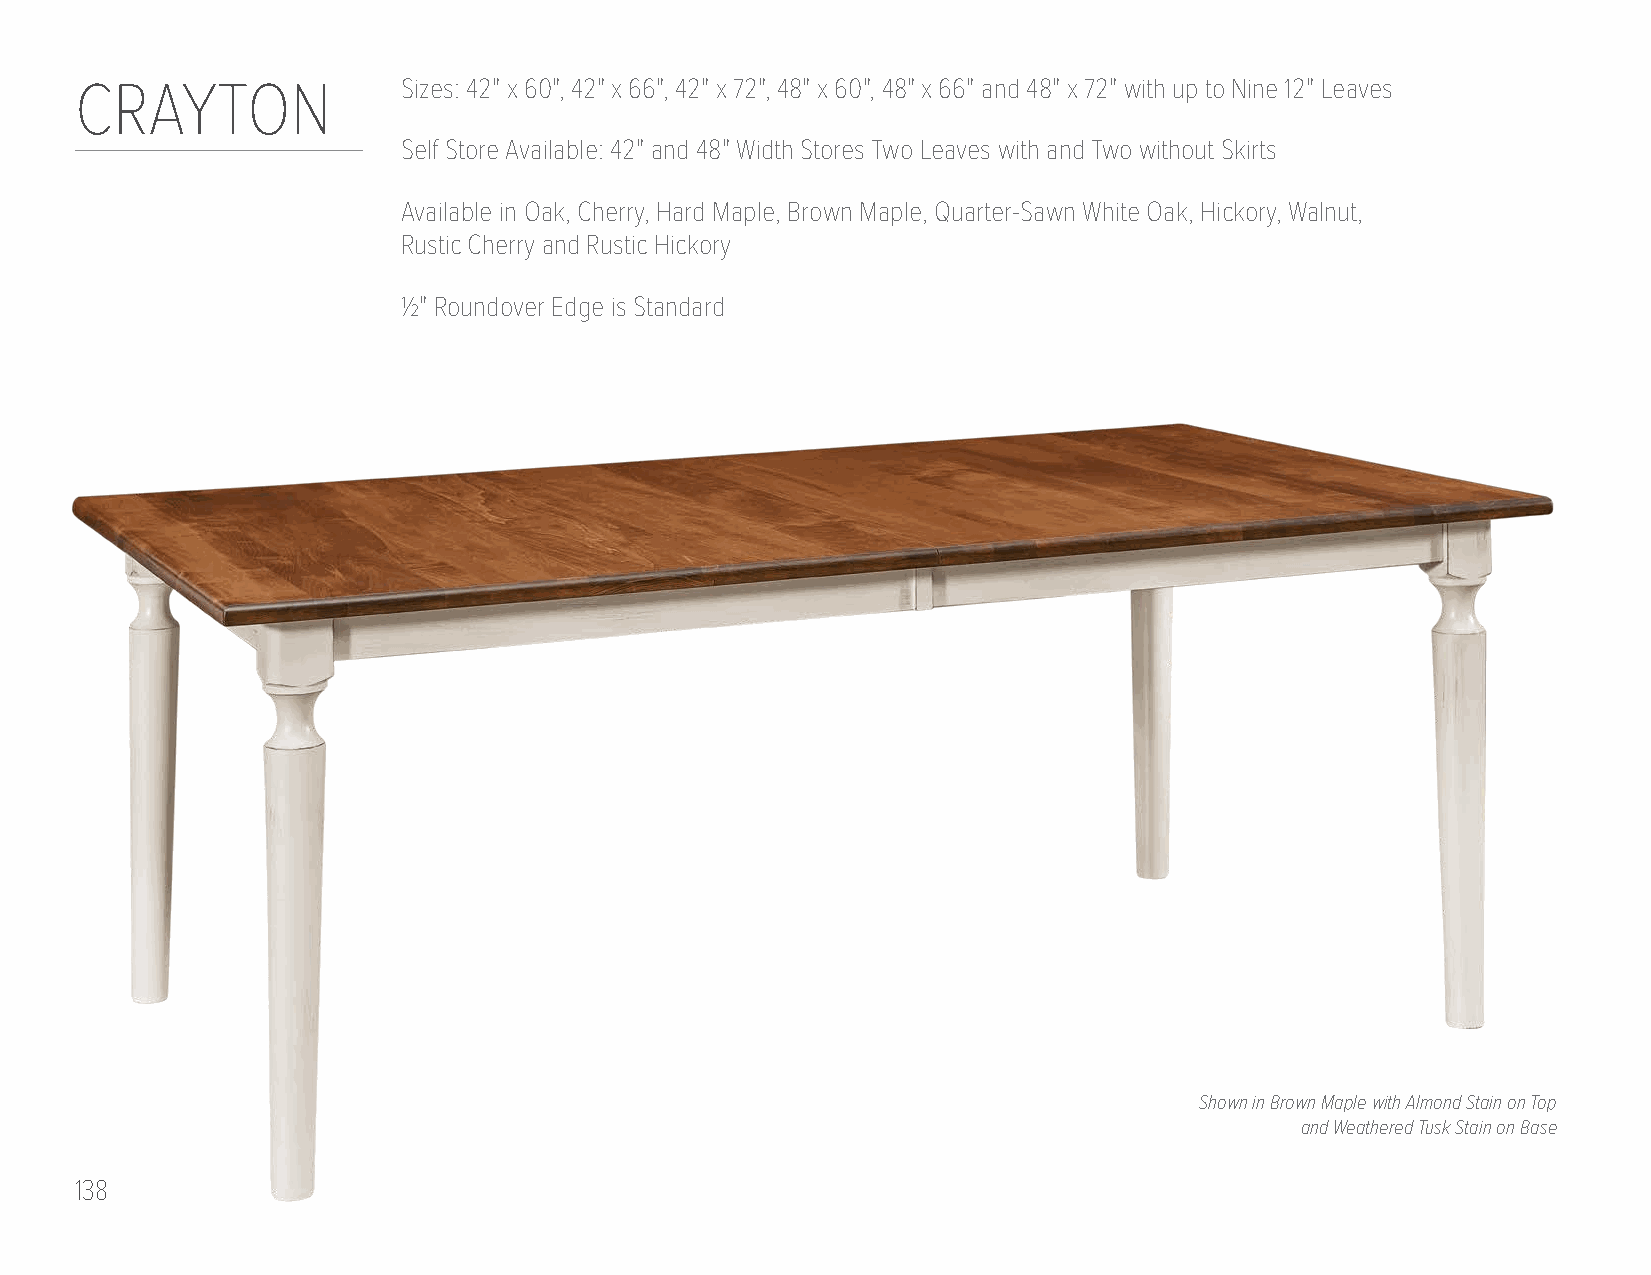
CRAYTON               Sizes: 42" x 60", 42" x 66", 42" x 72", 48" x 60", 48" x 66" and 48" x 72" with up to Nine 12" Leaves
 Self Store Available: 42" and 48" Width Stores Two Leaves with and Two without Skirts
 Available in Oak, Cherry, Hard Maple, Brown Maple, Quarter-Sawn White Oak, Hickory, Walnut,
 Rustic Cherry and Rustic Hickory
 1/2" Roundover Edge is Standard
 Shown in Brown Maple with Almond Stain on Top
 and Weathered Tusk Stain on Base
 138